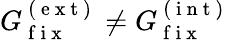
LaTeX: G_{\mathrm{~f~i~x~}}^{\mathrm{~(~e~x~t~)~}}\neq G_{\mathrm{~f~i~x~}}^{\mathrm{~(~i~n~t~)~}}